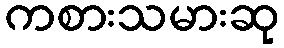
ကစားသမားဆု